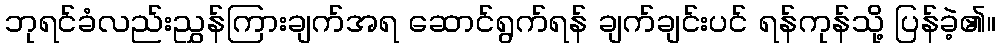
ဘုရင်ခံလည်းညွှန်ကြားချက်အရ ဆောင်ရွက်ရန် ချက်ချင်းပင် ရန်ကုန်သို့ ပြန်ခဲ့၏။